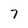
Character: 7